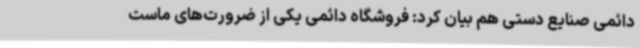
دائمی صنایع دستی هم بیان کرد: فروشگاه دائمی یکی از ضرورت‌های ماست